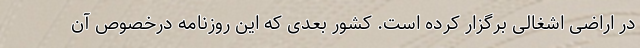
در اراضی اشغالی برگزار کرده است. کشور بعدی که این روزنامه درخصوص آن